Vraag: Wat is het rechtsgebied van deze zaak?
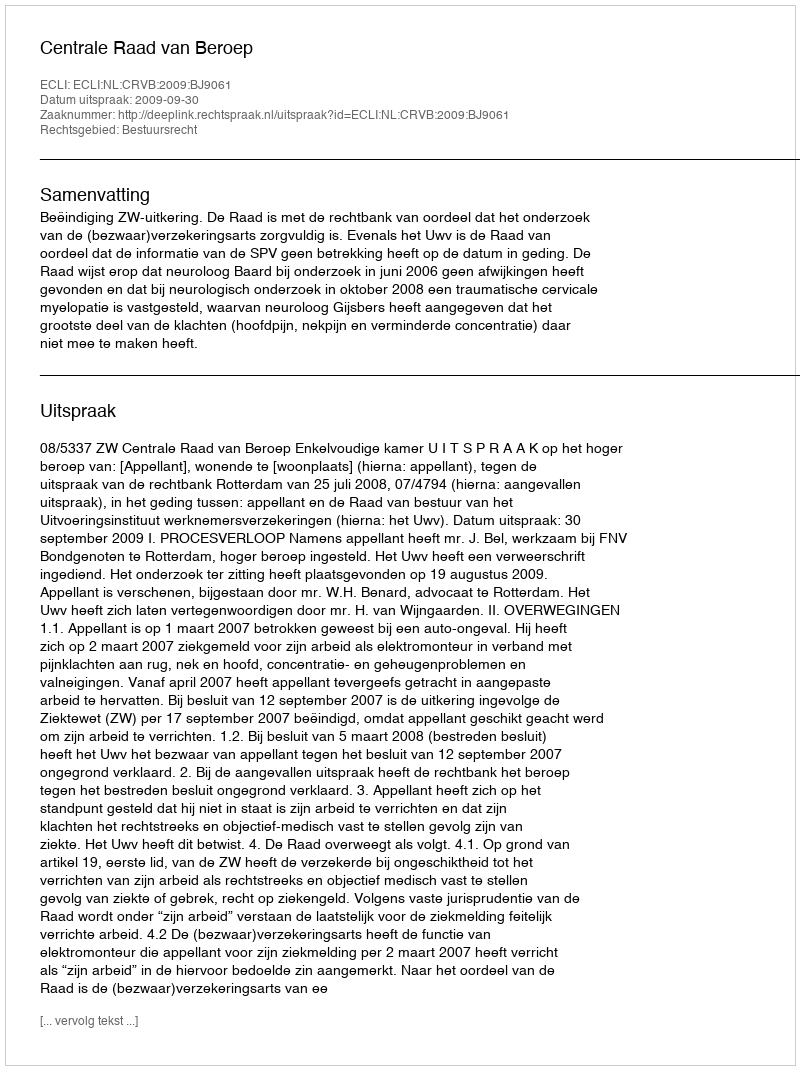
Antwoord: Bestuursrecht